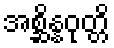
အစ္ဆိန္နဝုတ္တိ